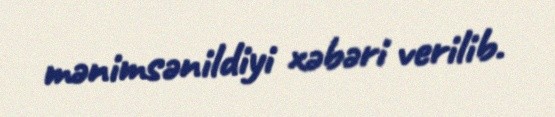
mənimsənildiyi xəbəri verilib.